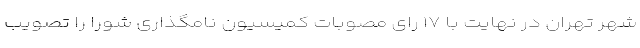
شهر تهران در نهایت با ۱۷ رای مصوبات کمیسیون نامگذاری شورا را تصویب